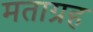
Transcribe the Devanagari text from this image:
मताग्रह